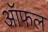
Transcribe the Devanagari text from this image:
ऑफल